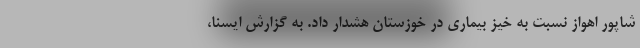
شاپور اهواز نسبت به خیز بیماری در خوزستان هشدار داد. به گزارش ایسنا،